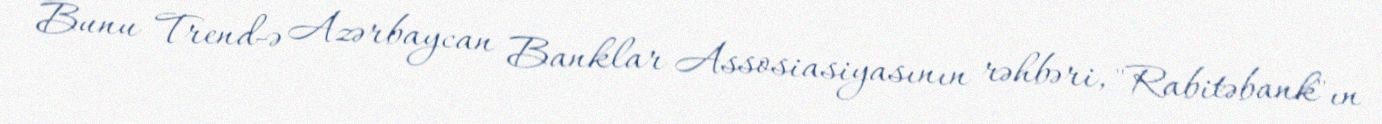
Bunu Trend-ə Azərbaycan Banklar Assosiasiyasının rəhbəri, "Rabitəbank"ın